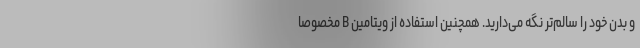
و بدن خود را سالم‌تر نگه ‌می‌دارید. همچنین استفاده از ویتامین B مخصوصا